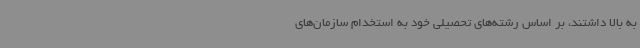
به بالا داشتند، بر اساس رشته‌های تحصیلی خود به استخدام سازمان‌های